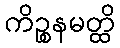
ကိဉ္စနမတ္ထိ